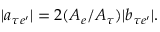
| a _ { \tau e ^ { \prime } } | = 2 ( A _ { e } / A _ { \tau } ) | b _ { \tau e ^ { \prime } } | .